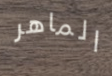
الماهر